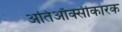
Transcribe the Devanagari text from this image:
अतिऑक्सीकारक